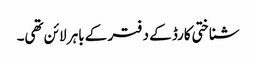
شناختی کارڈ کے دفتر کے باہر لائن تھی۔